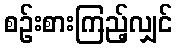
စဉ်းစားကြည့်လျှင်